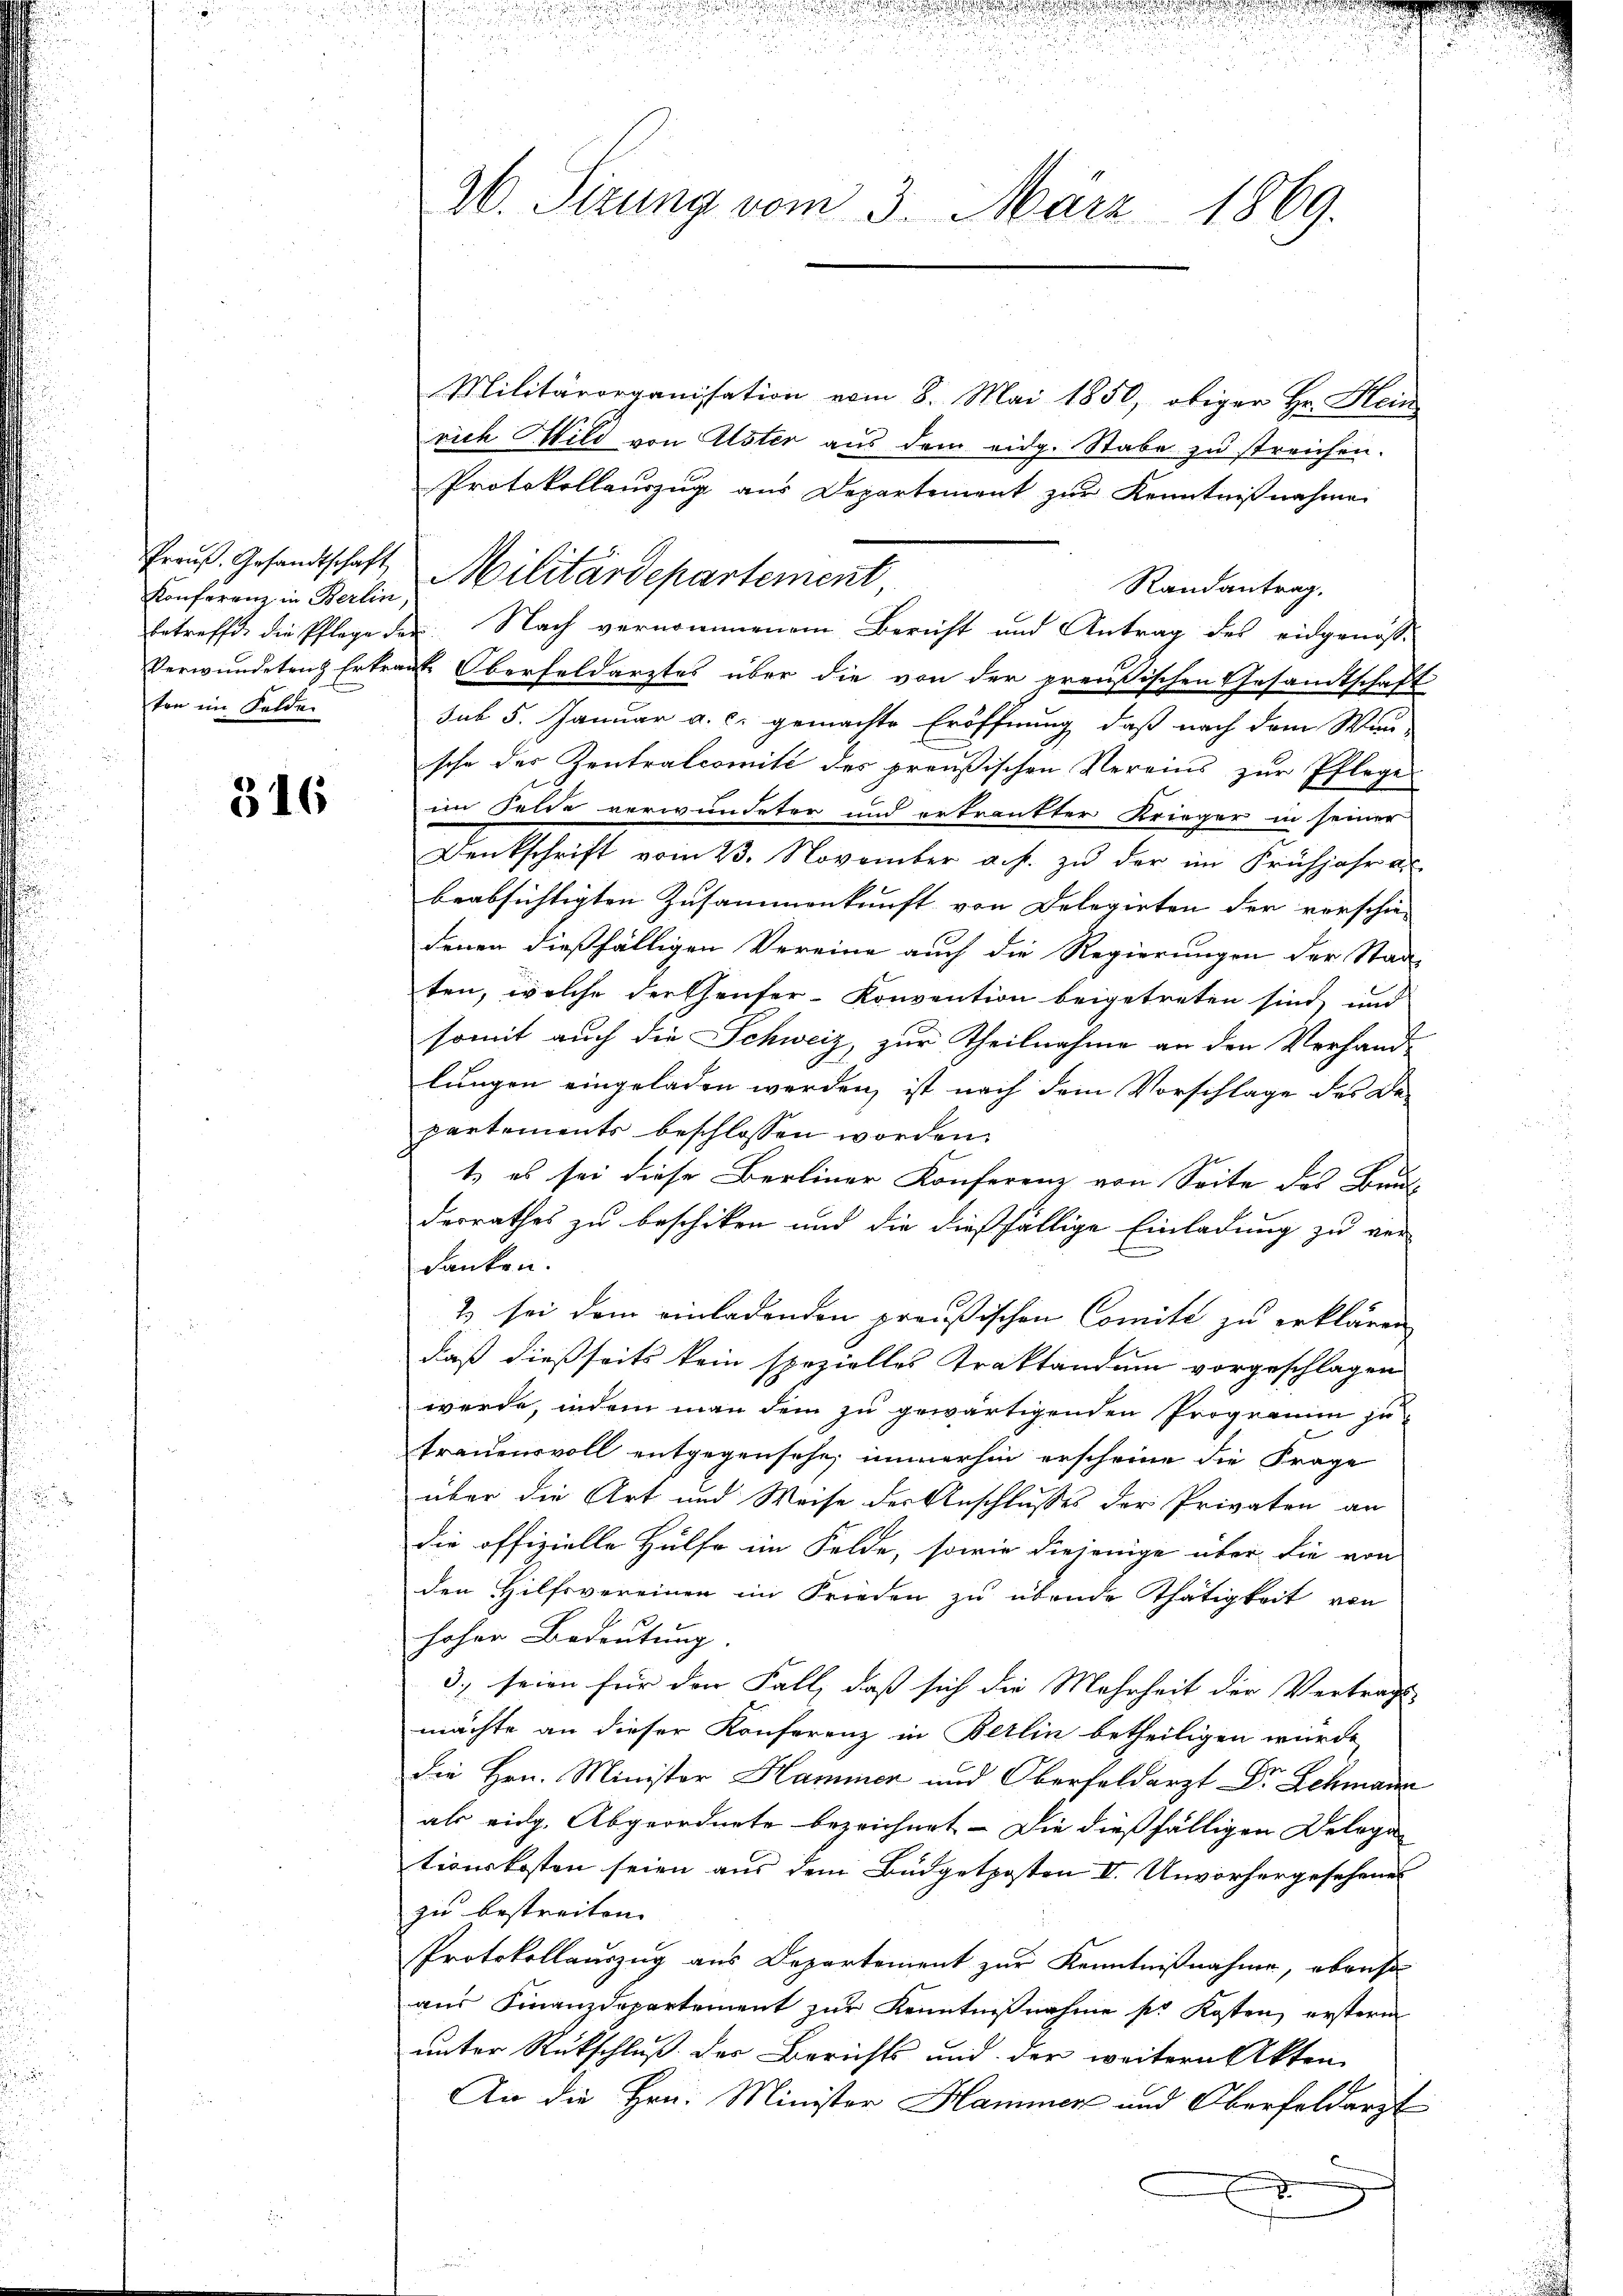
Konferenz in Berlin,
ten im Felden

316

Militärorganisation vom 8. Mai 1850, obiger Hr. Hein
rich Wild von Alster aus dem eidg. Stabe zu streichen.
Protokollauszug aus Departement zur Kenntnißnahme
Randantrag.
betreffe, die Pflege der Nach vernommenem Bericht und Antrag des eidgenosse
Verwundetenz Ertragt Oberfeldarztes über die von der preußischen Gesandtschaft
sub 5. Januar a. c. gemachte Eröffnung, daß nach dem Wun-
sche der Zentralcomité des preußischen Vereins zur Pflege
im Felde verwundeter und erkränkter Krieger in seiner
Denkschrift vom 23. November a. f. zu der im Frühjahr a
beabsichtigten Zusammenkunft von Delegirten der vorschie-
denen dießfälligen Vereine auch die Regierungen der Stadt
ten, welche der Ehenfer-Konvention beigetreten sind, und
.
somit auch die Schweiz, zur Theilnahme an den Verhand-
lungen eingeladen werden, ist nach dem Vorschlage des Be-
partements beschlossen worden.
t, es sei diese Bereiner Konferenz von Seite des Bau
derrathes zu beschiken und die dießfällige Einladung zu ver-
danken.
2 sei dem einladenden preußischen Comité zu erklären
daß dießseits kein spezielles Traktandum vorgeschlagen
werde, indem man dem zu gewärtigenden Programm zu
frauensvoll entgegensehe, immerhin erscheine die Frage
über die Art und Weise der Anschlusses der Privaten an
die offizielle Hülfe im Felde, sowie diejenige über die von
den Hilfsvereinen im Frieden zu übende Thätigkeit von
hoher Bedeutung
3. seien für den Fall, daß sich die Mehrheit der Vertrags-
mächte an dieser Konferenz in Berlin betheiligen würde,
die Hrn. Minister Hammen und Oberfeldarzt Dr Lehmann
als eidg. Abgeordnete bezeichnet. Die dießfälligen Belege
tionskosten seien aus dem Büdgetposten I. Unvorhergesehenes
zu bestreiten.
Protokollauszug aus Departement zur Kenntnißnahme, ebenso
aus Finanzdepartement zur Kenntnißnahme pr Kosten, erstern
unter Rückschluß der Berichts und der weitern Akten
An die Hrn. Minister Hammer und Oberfeldarzt
B

26. Sirung vom 3. März 1869.

Preuß. Gesandtschaft, Militärdepartement,